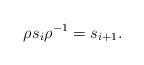
LaTeX: \begin{align*}\rho s_i \rho^{-1} =s_{i+1}.\end{align*}